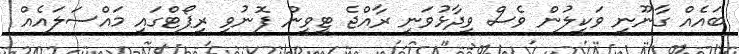
ބައެއް ގާނޫނީ ވަކީލުން ވެސް ވިދާޅުވަނީ ރާއްޖެ ޓީވީން ފޮނުވި ރިޕޯޓްގައި މައްސަލައެއް